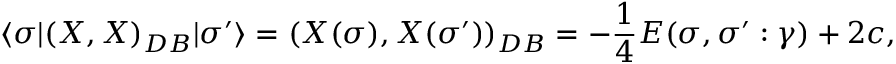
\langle \sigma | ( X , X ) _ { D B } | \sigma ^ { \prime } \rangle = ( X ( \sigma ) , X ( \sigma ^ { \prime } ) ) _ { D B } = - \frac { 1 } { 4 } E ( \sigma , \sigma ^ { \prime } : \gamma ) + 2 c ,